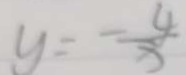
y = - \frac { 4 } { x }